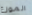
الموزع